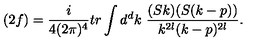
( 2 f ) = \frac { i } { 4 ( 2 \pi ) ^ { 4 } } t r \int d ^ { d } k \ \frac { ( S k ) ( S ( k - p ) ) } { k ^ { 2 l } ( k - p ) ^ { 2 l } } .